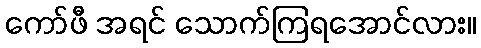
ကော်ဖီ အရင် သောက်ကြရအောင်လား။